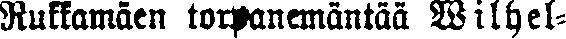
Rukkamäen torpanemäntää Wilhel-